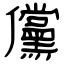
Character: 儻